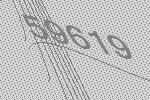
59619